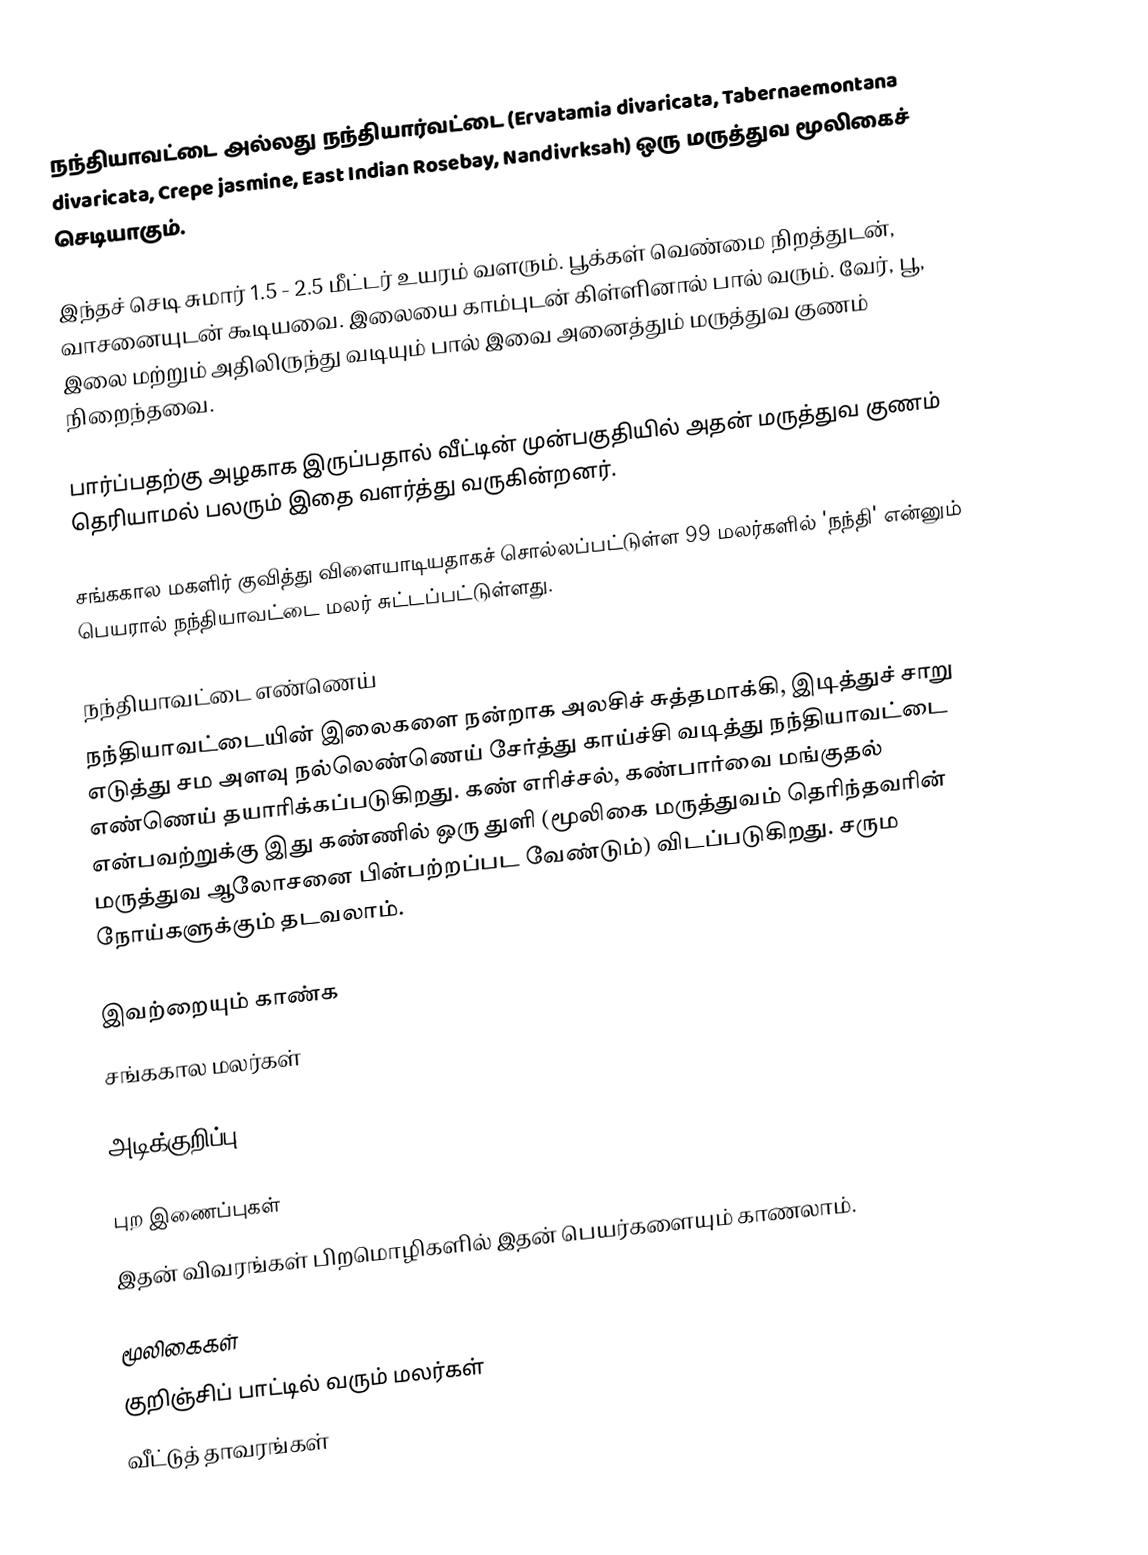
நந்தியாவட்டை அல்லது நந்தியார்வட்டை (Ervatamia divaricata, Tabernaemontana divaricata, Crepe jasmine, East Indian Rosebay, Nandivrksah) ஒரு மருத்துவ மூலிகைச் செடியாகும்.

இந்தச் செடி சுமார் 1.5 - 2.5 மீட்டர் உயரம் வளரும். பூக்கள் வெண்மை நிறத்துடன், வாசனையுடன் கூடியவை. இலையை காம்புடன் கிள்ளினால் பால் வரும். வேர், பூ, இலை மற்றும் அதிலிருந்து வடியும் பால் இவை அனைத்தும் மருத்துவ குணம் நிறைந்தவை.

பார்ப்பதற்கு அழகாக இருப்பதால் வீட்டின் முன்பகுதியில் அதன் மருத்துவ குணம் தெரியாமல் பலரும் இதை வளர்த்து வருகின்றனர்.

சங்ககால மகளிர் குவித்து விளையாடியதாகச் சொல்லப்பட்டுள்ள 99 மலர்களில் 'நந்தி' என்னும் பெயரால் நந்தியாவட்டை மலர் சுட்டப்பட்டுள்ளது.

நந்தியாவட்டை எண்ணெய்
நந்தியாவட்டையின் இலைகளை நன்றாக அலசிச் சுத்தமாக்கி, இடித்துச் சாறு எடுத்து சம அளவு நல்லெண்ணெய் சேர்த்து காய்ச்சி வடித்து நந்தியாவட்டை எண்ணெய் தயாரிக்கப்படுகிறது. கண் எரிச்சல், கண்பார்வை மங்குதல் என்பவற்றுக்கு இது கண்ணில் ஒரு துளி (மூலிகை மருத்துவம் தெரிந்தவரின் மருத்துவ ஆலோசனை பின்பற்றப்பட வேண்டும்) விடப்படுகிறது. சரும நோய்களுக்கும் தடவலாம்.

இவற்றையும் காண்க
 சங்ககால மலர்கள்

அடிக்குறிப்பு

புற இணைப்புகள்
இதன் விவரங்கள்  பிறமொழிகளில் இதன் பெயர்களையும் காணலாம்.

மூலிகைகள்
குறிஞ்சிப் பாட்டில் வரும் மலர்கள்
வீட்டுத் தாவரங்கள்